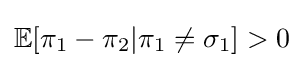
\mathbb {E} [\pi _{1}-\pi _{2}|\pi _{1}\neq \sigma _{1}]>0